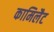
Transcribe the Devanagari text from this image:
कामिलैट